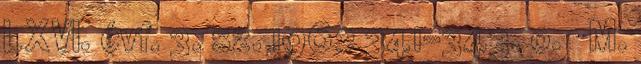
LXVI. évf. 3. sz. 1962 341–343. o. ↑ M.